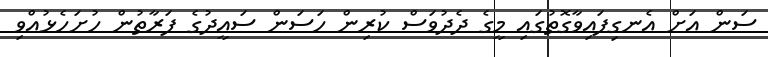
ސަން އަށް އެނގިފައިވާގޮތުގައި މީގެ ދެދުވަސް ކުރިން ހަސަން ސައީދުގެ ފަރާތުން ހުށަހެޅުއްވި